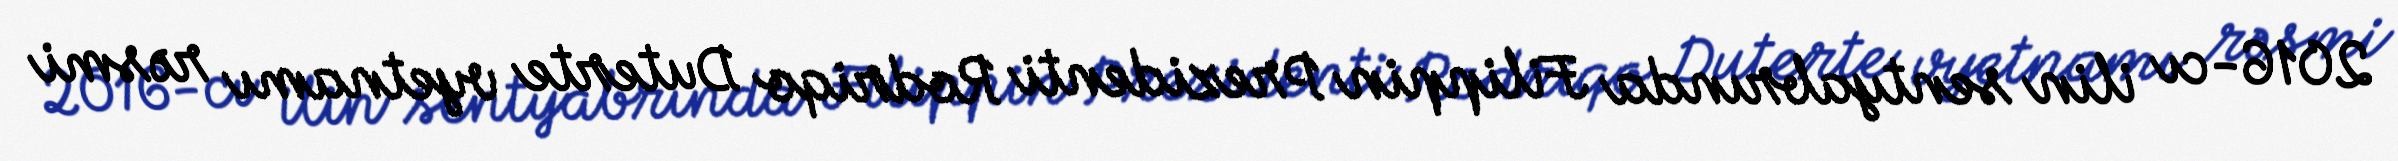
2016-cı ilin sentyabrında Filippin Prezidenti Rodriqo Duterte vyetnamı rəsmi